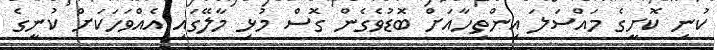
ކުނި ކޮށީގެ މައްސަލަ އިންތިހާއަށް ބޮޑުވެގެން ގޮސް މުޅި މާލޭގައި އެއްވަހަކަށް ކުނީގެ